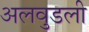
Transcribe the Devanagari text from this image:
अलवुडली